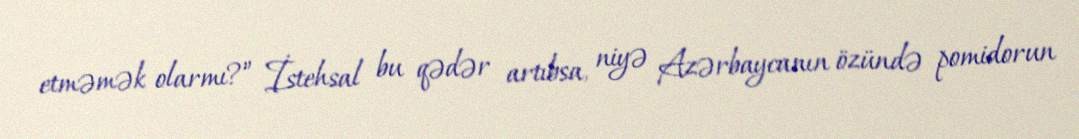
etməmək olarmı?” İstehsal bu qədər artıbsa, niyə Azərbaycanın özündə pomidorun